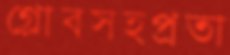
গ্লোবসহপ্রতা